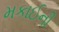
મકાઈની